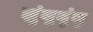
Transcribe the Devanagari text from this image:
झुंजुमुंजु